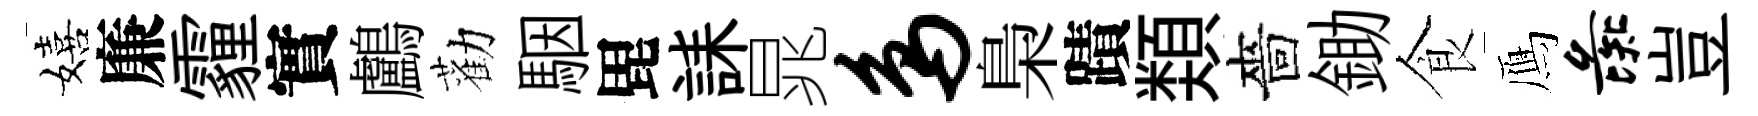
嬉廉霾實鸕勸駰毘誄晁鸟梟蹟𩔖嗇鋤食鴈彘豈